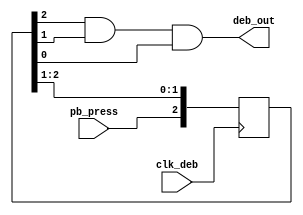
`timescale 1ns / 1ps

module fixDebounce(
    input clk_deb,
    input pb_press,
    output deb_out
    );
    
    reg [2:0] ff;
    
    always@(posedge clk_deb)
    begin
        ff[2] <= pb_press;
        ff[1] <= ff[2];
        ff[0] <= ff[1];
    end
    
    assign deb_out = ff[2] & ff[1] & ff[0];
endmodule